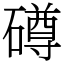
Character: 𥖁